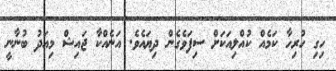
ހިގި ހުރިހާ ކަމެއް ކުއްލިއަކަށް ސިފަވެގެން ދިޔައެވެ. އަނެއްކާ ޖައިޝް މިއަދު ބުނާނީ